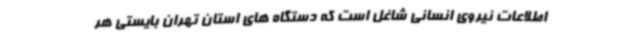
اطلاعات نیروی انسانی شاغل است که دستگاه های استان تهران بایستی هر